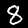
Digit: 8